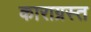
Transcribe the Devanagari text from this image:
काराग्रस्त